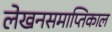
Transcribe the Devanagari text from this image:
लेखनसमाप्तिकाल